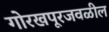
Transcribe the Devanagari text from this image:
गोरखपूरजवळील